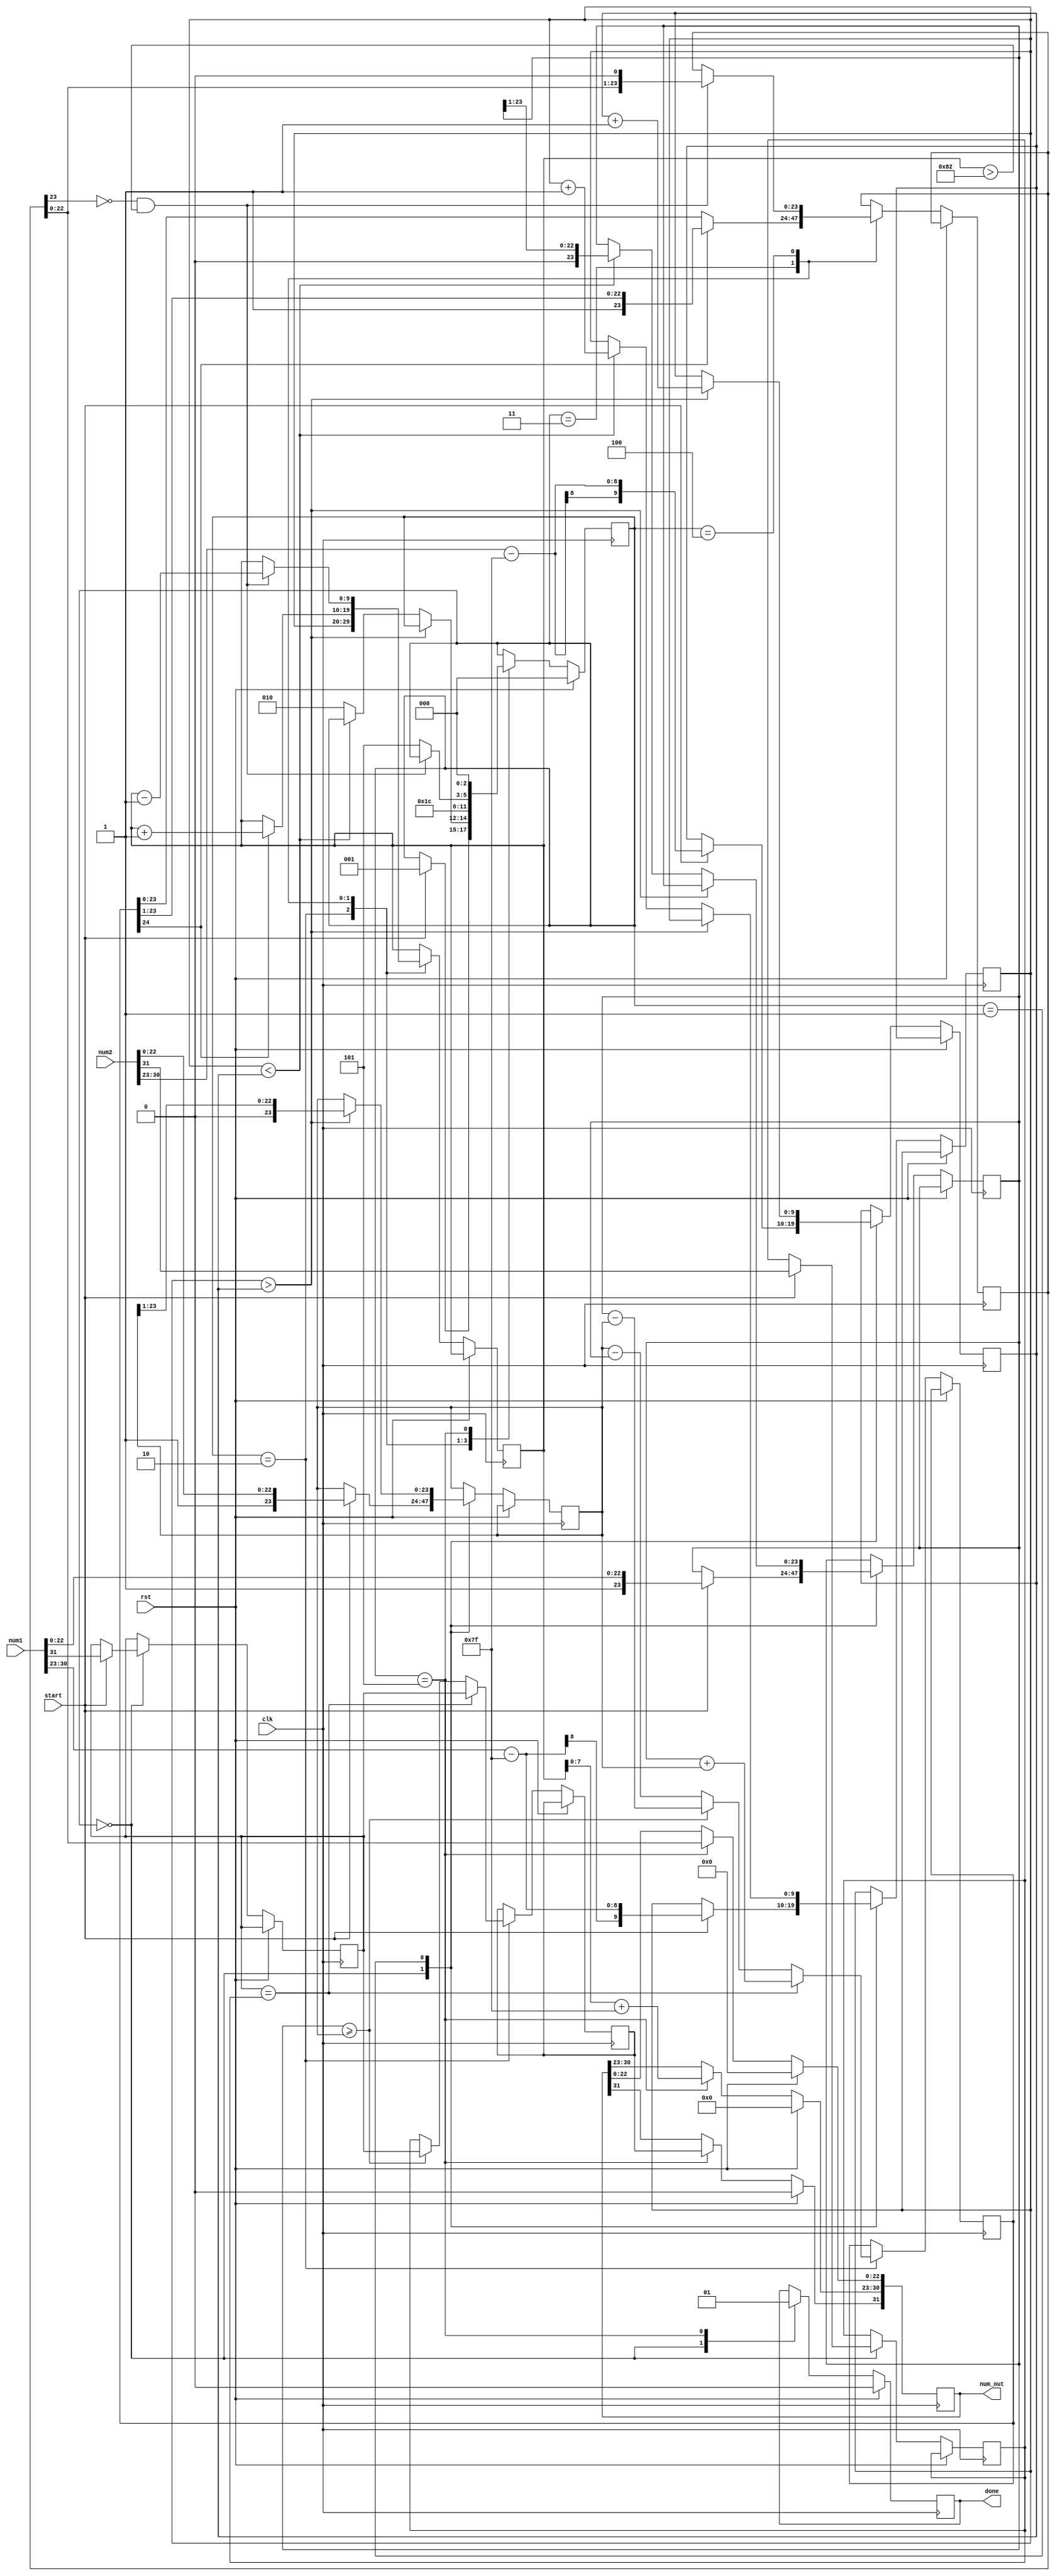
module fp_add_sub(clk,rst,num1,num2,start,num_out,done);
input clk;  // input clock
input rst;  // input reset
input [31:0] num1;  // 32-bit operand_1 input in IEEE 754 single precision floating point format
input [31:0] num2;  // 32-bit operand_2 input in IEEE 754 single precision floating point format
input start;         // start pulse input to indicate state machine to start processing inputs

output [31:0] num_out;  //  32-bit result output in IEEE 754 single precision floating point format
output done;            // done pulse to indicate completion of addition/subtraction operation and output is valid   

reg done;  // registering done pulse
reg [31:0] num_out; // registering output number

reg [23:0] num1_m, num2_m;  // registers for storing mantissa of input operands, extra 1-bit used for representing implicit MSB of 1, ie the 1 in 1.23456
reg [23:0] out_m; // register to store mantissa of output
reg [9:0] num1_exp, num2_exp, out_exp; // registers to store exponents of operands
reg num1_s, num2_s, out_s;  // register to store the sign bits
reg [24:0] temp_sum_m;  // temporary register to hold intermediate sum of mantissas, extra bit w.r.t to num1_m/num2_m to hold carry bit 

reg [2:0] compute_state;  // state machine state register

// defining states of FSM 
parameter init_var      = 3'd0,  
          balance       = 3'd1,
          start_adding  = 3'd2,
          check_overflow= 3'd3,
          normalize     = 3'd4,
          output_result = 3'd5;

always @(negedge clk)
begin
  
   if (rst) begin  // initialize state of FSM & outputs
    compute_state <= init_var;
    done <= 0;
    num_out <= 0;
   end 
   else begin 
      case(compute_state)
         
         init_var:
         begin
         done <= 0; // setting the done bit to zero to reset after coming from last state where done bit is set to 1
         // splitting the input IEEE 754 numbers and registering the mantissa, sign & exponent separately 
            if(start)  // continue execution as soon as start pulse is received
            begin
               // sign bits
               num1_s <= num1[31];
               num2_s <= num2[31];
               // exponent bits, subtracting the bias of 127 from exponent to get the true value
               num1_exp <= num1[30:23]-127;
               num2_exp <= num2[30:23]-127;
               // mantissa bits, setting MSB for the implicit one before the decimal point 
               num1_m <= {1'b1,num1[22:0]};
               num2_m <= {1'b1,num2[22:0]};
               compute_state <= balance; // go to next state = balance
            end
         end
         
         balance:
         begin
         // exponent of smaller number should match the exponent of bigger number , this state is looped until exponent of smaller number matches the exponent of larger number
         // compare exponents to find the bigger number 
            if ($signed(num1_exp) > $signed(num2_exp)) begin  // if num1 > num2
               num2_exp <= num2_exp + 1; // increase exponent of num2
               num2_m <= num2_m >> 1;    // right shift the mantissa of num2 by 1-bit
               end else if ($signed(num1_exp) < $signed(num2_exp)) begin // if num1 < num2 , repeat above process for num1
               num1_exp <= num1_exp + 1;
               num1_m <= num1_m >> 1;
               end else begin // exponents are same, go to next state = start_adding
               compute_state <= start_adding;
               end
         end

         start_adding:
         begin
         //addition of mantissas based on sign
              out_exp <= num1_exp; // num1 exponent matches exponent of larger number, so assign it to the output exponent
              if (num1_s == num2_s) begin // same sign implies addition + (+) +, or - (+) -
              temp_sum_m <= num1_m + num2_m; // sum of mantissas
              out_s <= num1_s; // taking sign bit
              end else begin
              // numbers not having same sign, implies subtraction. subtract smaller number from bigger number and take sign of the larger number
              if (num1_m >= num2_m) begin 
              temp_sum_m <= num1_m - num2_m;
              out_s <= num1_s;
              end else begin
              temp_sum_m <= num2_m - num1_m;
              out_s <= num2_s;
                       end
                  end
              compute_state <= check_overflow;  // go to next state = check_overflow
         end

         check_overflow:
         begin
         // if overflow happened in addition, the MSB bit would hold the carry bit
         // if carry bit is set, take appropriate mantissa and increase exponent by 1
              if (temp_sum_m[24]) begin
              out_m <= temp_sum_m[24:1];
              out_exp <= out_exp + 1;
              end else begin // no overflow occured, take mantissa as it is
              out_m <= temp_sum_m[23:0];
              end
              compute_state <= normalize;  // go to next state = normalize
         end

         normalize:
         begin
         // normalize = bring the implicit 1 to the MSB of the mantissa for the output and adjust the exponent if it's not already there, else go to next state
               if (out_m[23] == 0 && $signed(out_exp) > -126) begin
               out_exp <= out_exp - 1;
               out_m <= out_m << 1;
               end else begin 
               compute_state <= output_result; // go to next state = output_result 
               end
         end

         output_result:
         begin
         // send output in IEEE 754 format
               done <= 1;  // set done bit
               num_out[31] <= out_s;
               num_out[30:23] <= out_exp[7:0]+127; // add bias of 127 back for valid IEEE 754 format representation
               num_out[22:0] <= out_m[22:0];
               compute_state <= init_var; // go to intital state
         end

      endcase
   end
end
endmodule